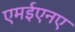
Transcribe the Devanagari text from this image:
एमईएनए